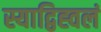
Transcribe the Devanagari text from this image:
स्याद्विह्वलं